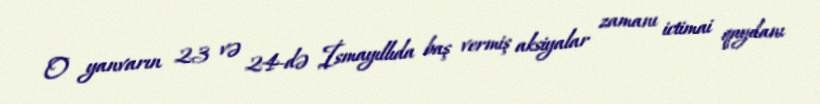
O yanvarın 23 və 24-də İsmayıllıda baş vermiş aksiyalar zamanı ictimai qaydanı